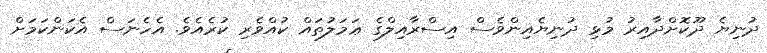
ދުނިޔެ ދޫކޮށްދާއިރު މުޅި ދުނިޔެއިންވެސް އިސްރާއިލްގެ ޢަމަލުތައް ކުއްވެރި ކުރެއެވެ. އެހެނަސް އެކަންކަމަށް